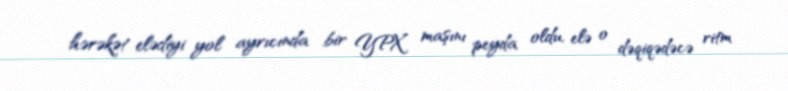
hərəkət elədiyi yol ayrıcında bir YPX maşını peyda oldu, elə o dəqiqədəcə ritm